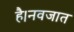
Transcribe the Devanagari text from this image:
है।नवजात